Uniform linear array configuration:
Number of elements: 12
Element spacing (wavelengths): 1
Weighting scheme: binomial
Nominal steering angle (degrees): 15
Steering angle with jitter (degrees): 16.883
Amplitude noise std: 0.05
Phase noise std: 0.05

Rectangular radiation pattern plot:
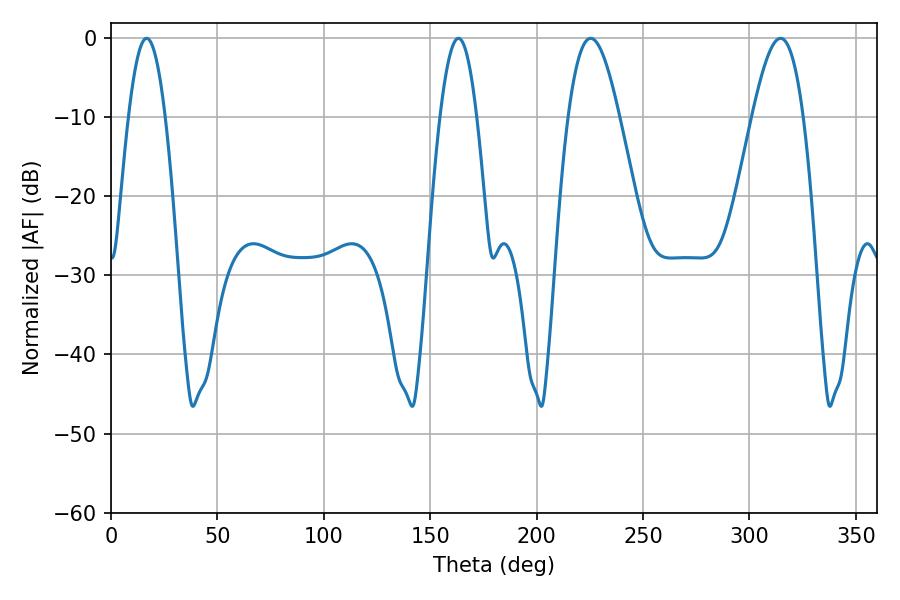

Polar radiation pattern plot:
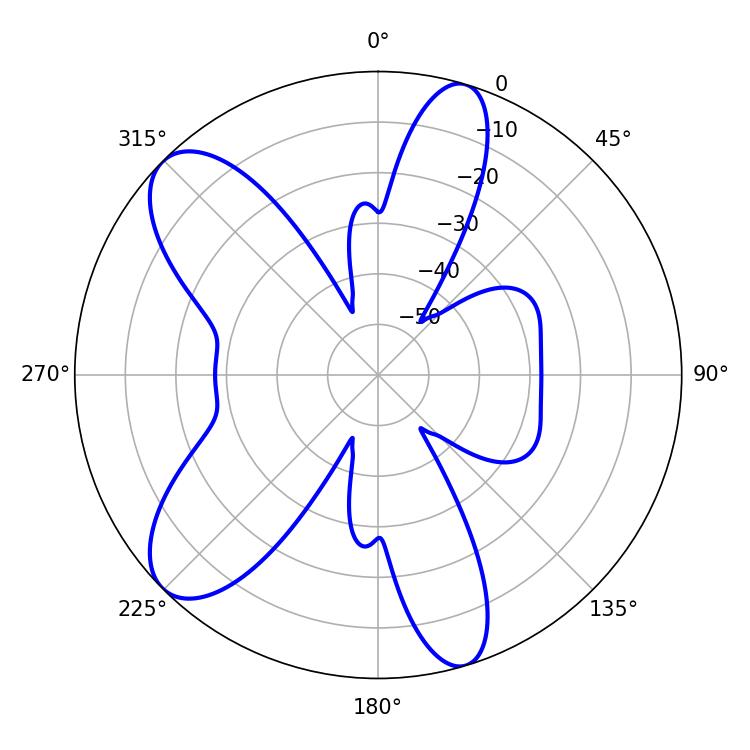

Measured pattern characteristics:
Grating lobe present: TRUE
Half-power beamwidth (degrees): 9.36
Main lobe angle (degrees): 16.74